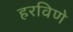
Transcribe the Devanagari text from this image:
हरविणे